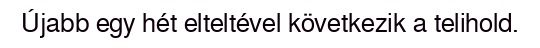
Újabb egy hét elteltével következik a telihold.